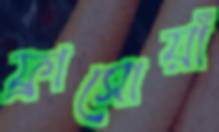
ফ্রাসোয়াঁ